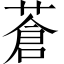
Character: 蒼